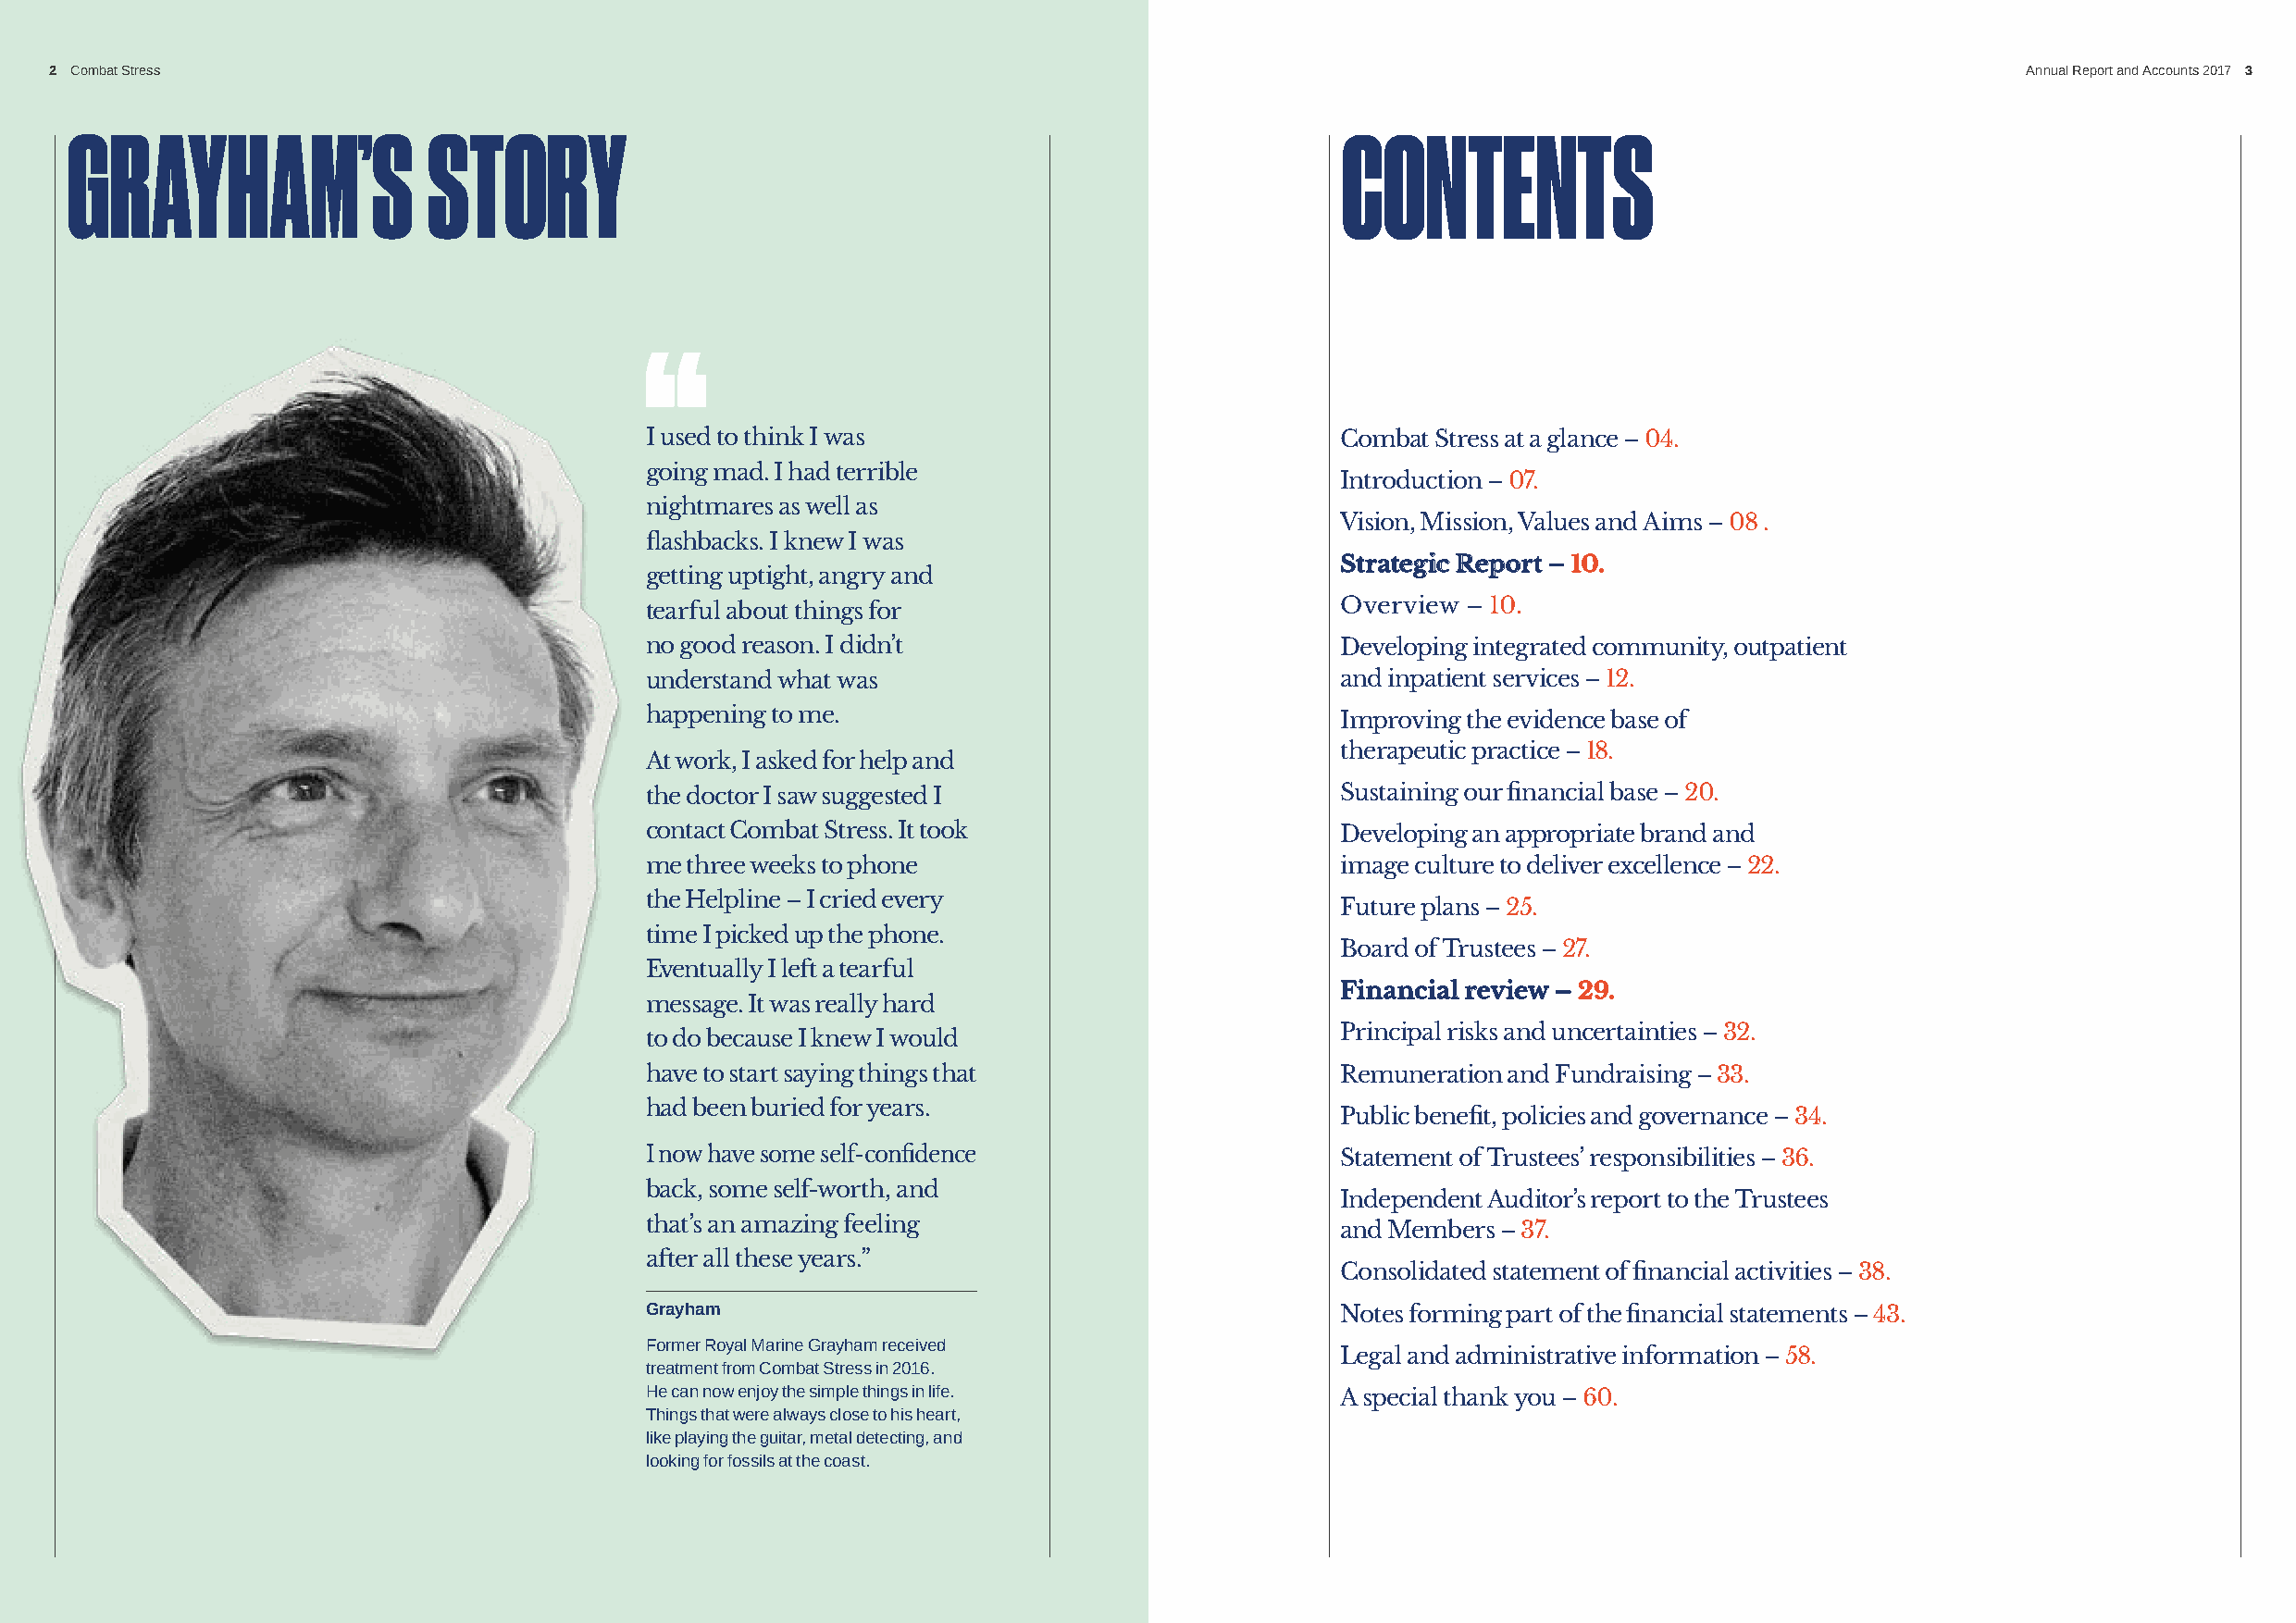
2 Combat Stress                                                                                                                              Annual Report and Accounts 2017 3
 GRAYHAM’S                 STORY                                                            CONTENTS
 I used to think I was                             Combat Stress at a glance – 04.
 going mad. I had terrible
 Introduction – 07.
 nightmares as well as
 Vision, Mission, Values and Aims – 08 .
 flashbacks. I knew I was
 Strategic Report – 10.
 getting uptight, angry and
 tearful about things for                          Overview – 10.
 no good reason. I didn’t                          Developing integrated community, outpatient
 understand what was                               and inpatient services – 12.
 happening to me.                                  Improving the evidence base of
 therapeutic practice – 18.
 At work, I asked for help and
 the doctor I saw suggested I                      Sustaining our financial base – 20.
 contact Combat Stress. It took                    Developing an appropriate brand and
 me three weeks to phone                           image culture to deliver excellence – 22.
 the Helpline – I cried every
 Future plans – 25.
 time I picked up the phone.
 Board of Trustees – 27.
 Eventually I left a tearful
 Financial review – 29.
 message. It was really hard
 Principal risks and uncertainties – 32.
 to do because I knew I would
 have to start saying things that                  Remuneration and Fundraising – 33.
 had been buried for years.
 Public benefit, policies and governance – 34.
 I now have some self-confidence                   Statement of Trustees’ responsibilities – 36.
 back, some self-worth, and
 Independent Auditor’s report to the Trustees
 that’s an amazing feeling
 and Members – 37.
 after all these years.”
 Consolidated statement of financial activities – 38.
 Grayham                                           Notes forming part of the financial statements – 43.
 Former Royal Marine Grayham received
 Legal and administrative information – 58.
 treatment from Combat Stress in 2016.
 He can now enjoy the simple things in life.       A special thank you – 60.
 Things that were always close to his heart,
 like playing the guitar, metal detecting, and
 looking for fossils at the coast.